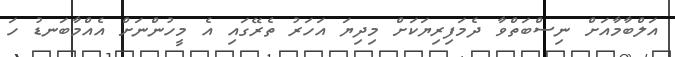
އަލްބާމާއަށް ނިސްބަތްވާ ދެމަފިރިޔަކަށް މިދިޔަ އަހަރު ތެރޭގައި އެ މީހުންނަށް އެއްމާބަނޑު ހަ